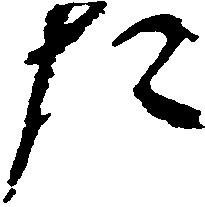
た